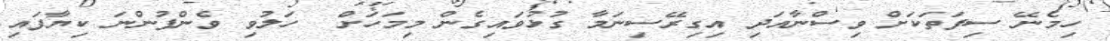
ހިމެނޭ ސިފަތަކަށް ވިސްނާއަދި އިގިރޭސިނަމާ ގުޅުވައިގެން މިމަހަށް  ހަލުވި ވެންފުންނަ ކިޔާފައި